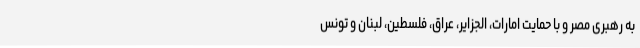
به رهبری مصر و با حمایت امارات، الجزایر، عراق، فلسطین، لبنان و تونس